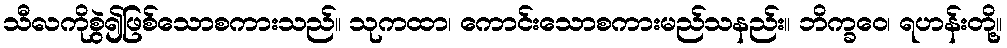
သီလကိုစွဲ၍ဖြစ်သောစကားသည်။ သုကထာ၊ ကောင်းသောစကားမည်သနည်း။ ဘိက္ခဝေ၊ ရဟန်းတို့။